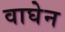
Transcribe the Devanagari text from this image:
वाघेन